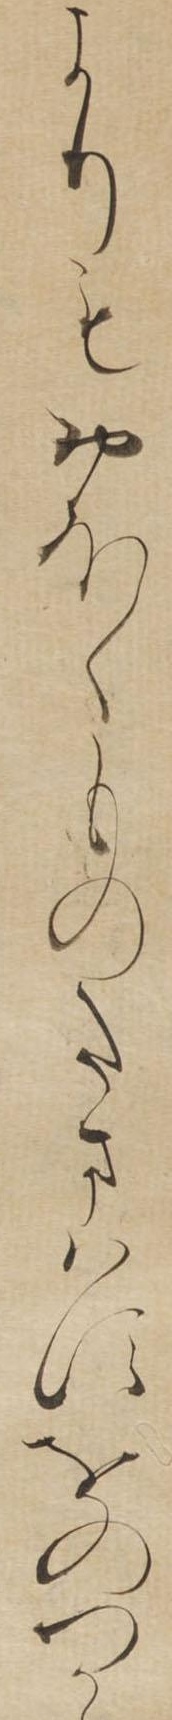
よりもおほくものたまはすをのつか